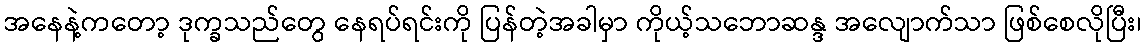
အနေနဲ့ကတော့ ဒုက္ခသည်တွေ နေရပ်ရင်းကို ပြန်တဲ့အခါမှာ ကိုယ့်သဘောဆန္ဒ အလျောက်သာ ဖြစ်စေလိုပြီး၊